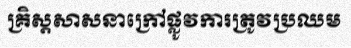
គ្រិស្តសាសនាក្រៅផ្លូវការត្រូវប្រឈម